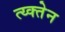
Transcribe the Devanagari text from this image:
त्य्क्तेन